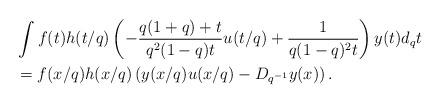
LaTeX: \begin{align*} &\int f(t) h(t/q) \left( -\frac{q(1+q)+t}{q^2 (1-q)t} u(t/q) +\frac{1}{q(1-q)^2t} \right)y(t) d_qt \\&=f(x/q )h(x/q) \left(y(x/q) u(x/q)-D_{q^{-1}}y(x) \right). \end{align*}